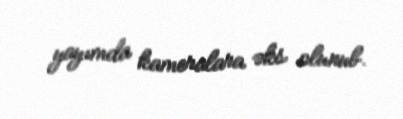
yayımda kameralara əks olunub.